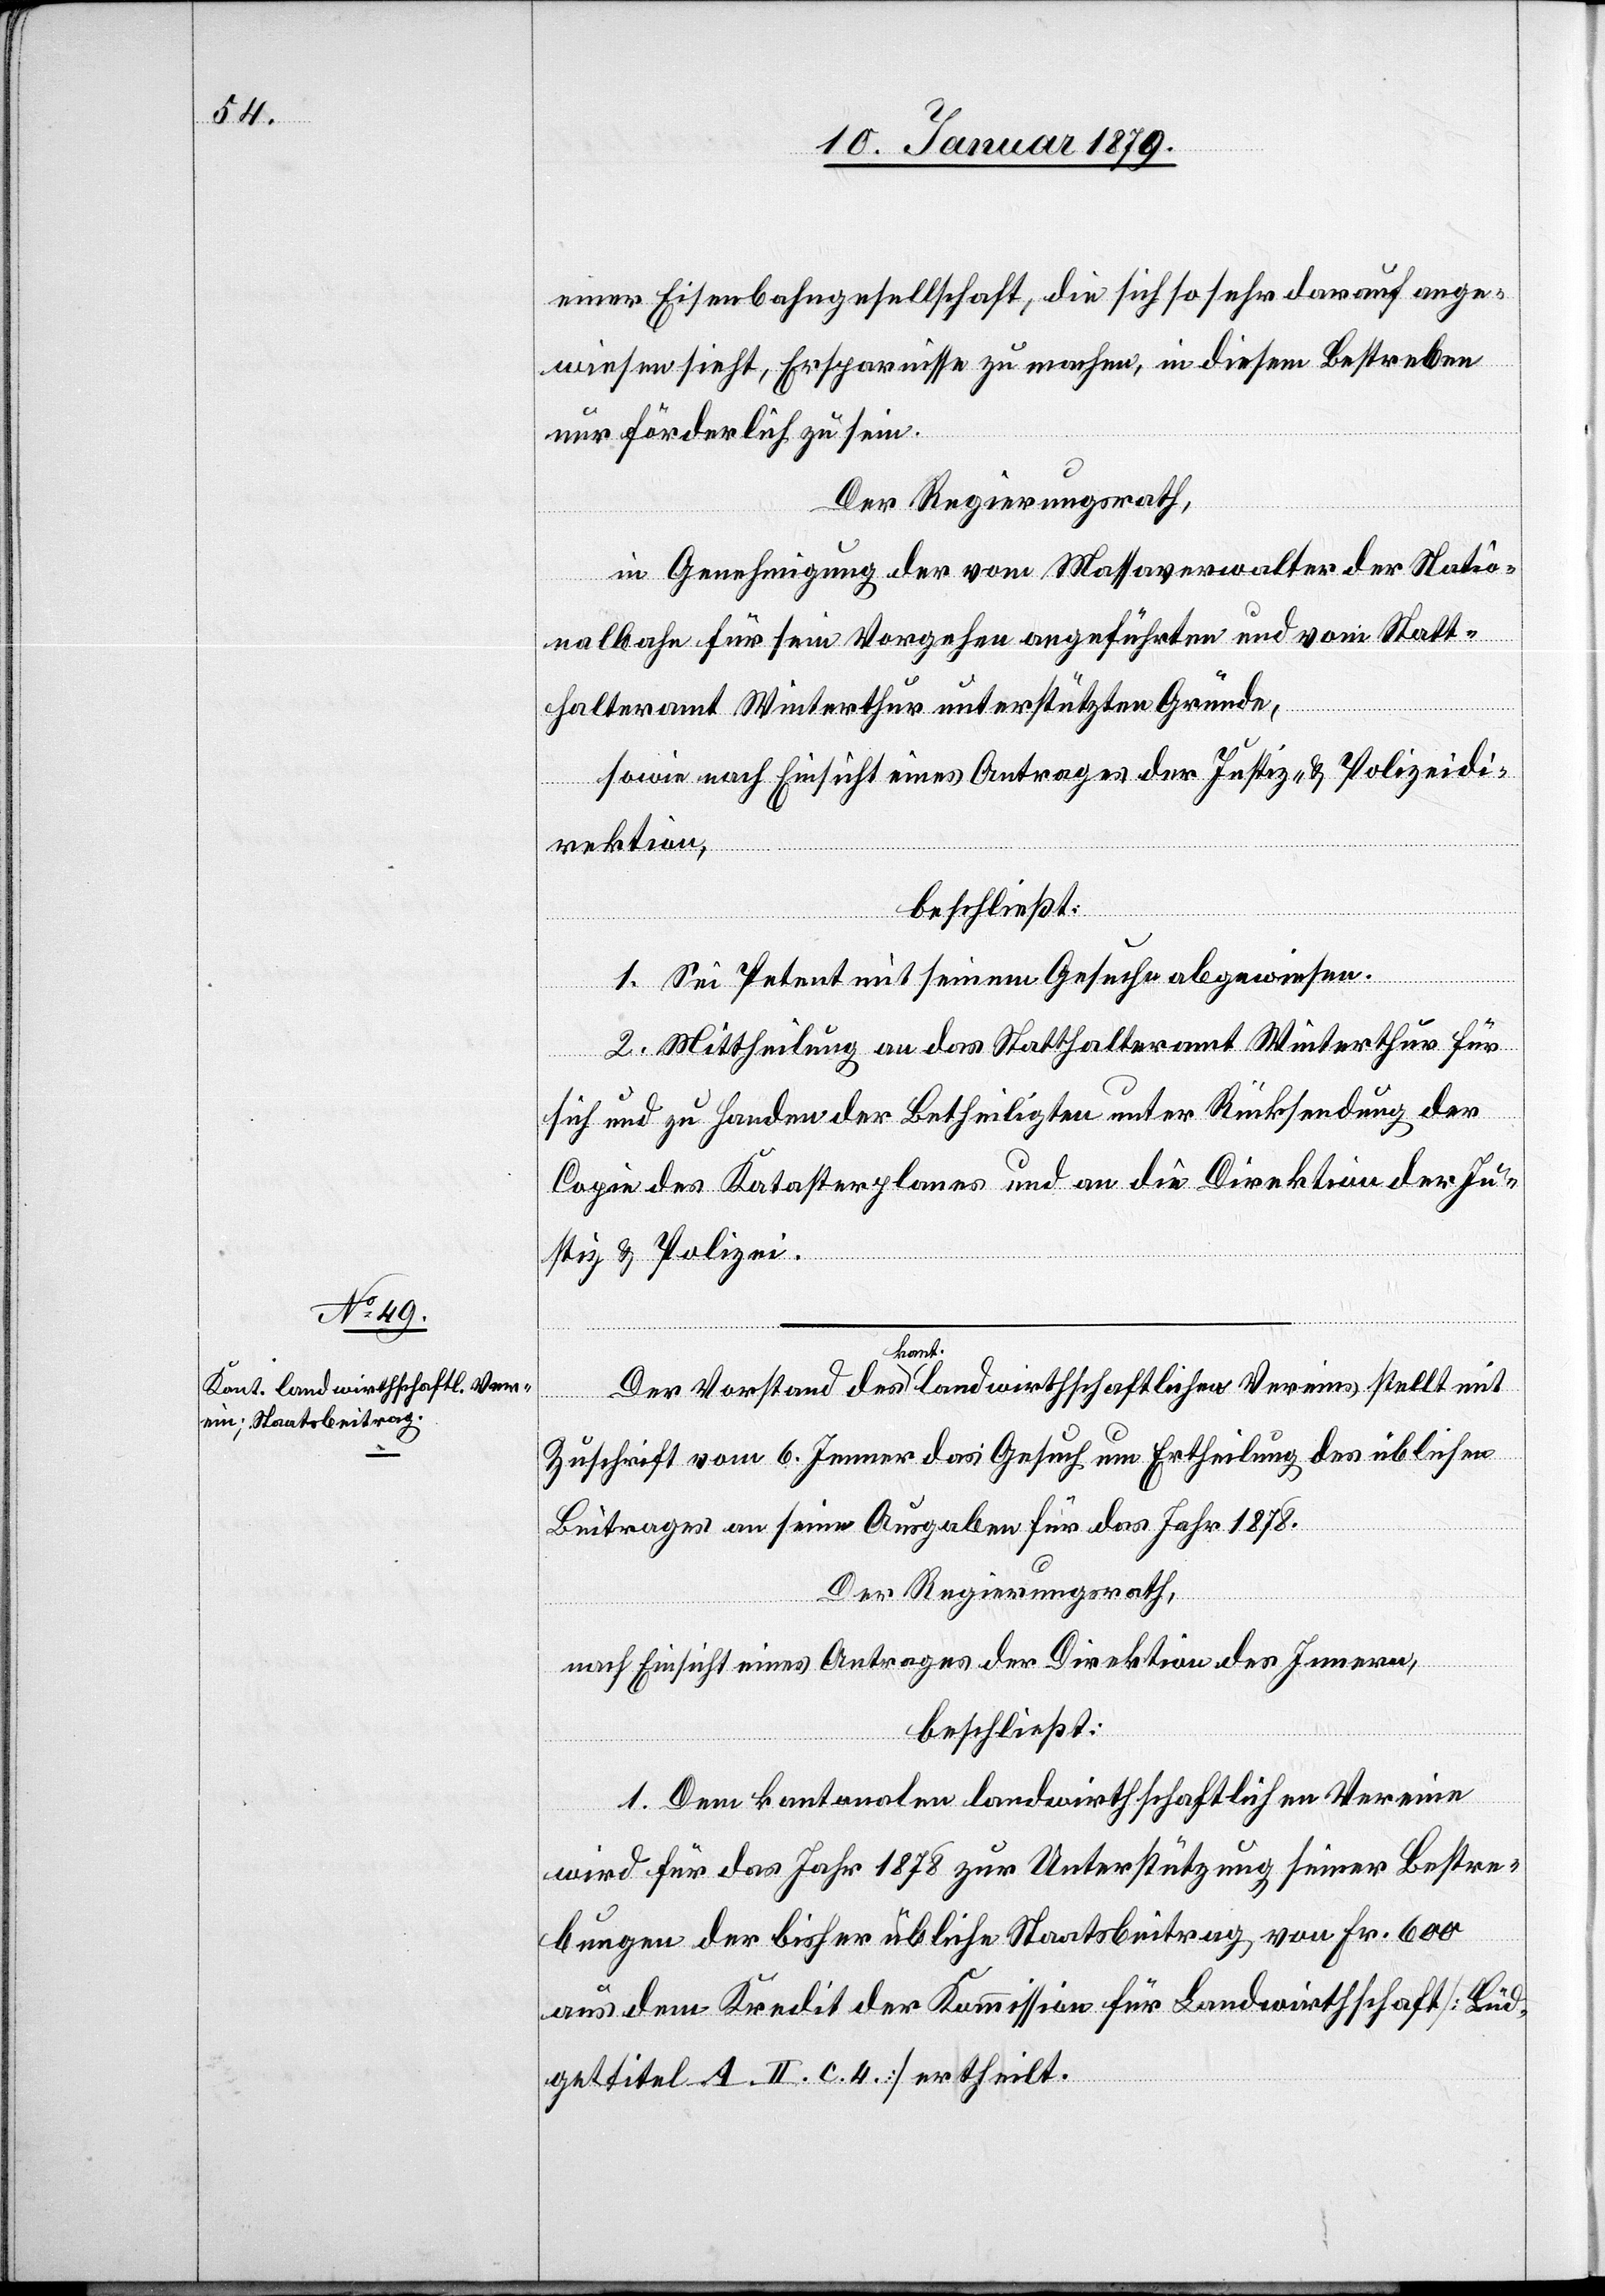
einer Eisenbahngesellschaft, die sich so sehr darauf ange¬
wiesen sieht, Ersparnisse zu machen, in diesem Bestreben
nur förderlich zu sein.
Der Regierungsrath,
in Genehmigung der vom Massaverwalter der Natio¬
nalbahn für sein Vorgehen angeführten und vom Statt¬
halteramt Winterthur unterstützten Gründe,
sowie nach Einsicht eines Antrages der Justiz- & Polizeidi¬
rektion,
beschließt:
1. Sei Petent in seinem Gesuche abgewiesen.
2. Mittheilung an das Statthalteramt Winterthur für
sich und zu Handen der Betheiligten unter Rücksendung der
Copie des Katasterplanes und an die Direktion der Ju¬
stiz & Polizei.
Der Vorstand des a-kant.-a landwirthschaftlichen Vereins stellt mit
Zuschrift vom 6. Jenner das Gesuch um Ertheilung des üblichen
Beitrages an seine Aufgaben für das Jahr 1878.
Der Regierungsrath,
nach Einsicht eines Antrages der Direktion des Innern,
beschließt:
1. Dem kantonalen landwirthschaftlichen Verein
wird für das Jahr 1878 zur Unterstützung seiner Bestre¬
bungen der bisher übliche Staatsbeitrag von Fr. 600
aus dem Kredit der Kommission für Landwirthschaft [Büd¬
gettitel A. II. c. 4.] ertheilt.